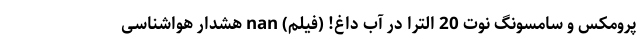
پرومکس و سامسونگ نوت 20 الترا در آب داغ! (فیلم) nan هشدار هواشناسی